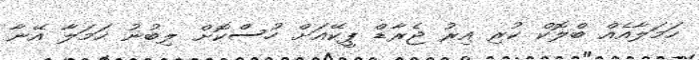
ހަމަލާއެއް ބްލޮކް ކުރި އިރު ޖެރާޑް ޕީކޭއަށް ހުސްކޮށް ލިބުނު ހަމަލާ އޭނާ